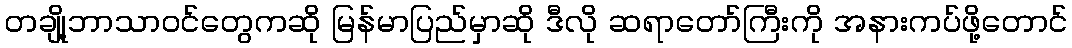
တချို့ဘာသာဝင်တွေကဆို မြန်မာပြည်မှာဆို ဒီလို ဆရာတော်ကြီးကို အနားကပ်ဖို့တောင်